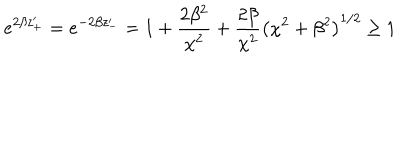
LaTeX: e ^ { 2 \beta z _ { + } ^ { \prime } } = e ^ { - 2 \beta z _ { - } ^ { \prime } } = 1 + \frac { 2 \beta ^ { 2 } } { \chi ^ { 2 } } + \frac { 2 \beta } { \chi ^ { 2 } } \left( \chi ^ { 2 } + \beta ^ { 2 } \right) ^ { 1 / 2 } \geq 1